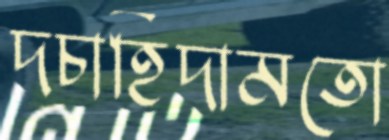
দচাহিদামতো